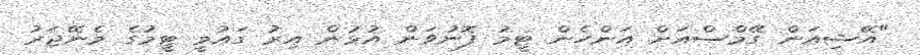
"އޭޝިއަން ގޭމްސްއަށް އަންހެން ޓީމު ފޮނުވަން އުޅުން އިރު ގައުމީ ޓީމުގެ މެނޭޖަރު